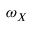
\omega _ { X }